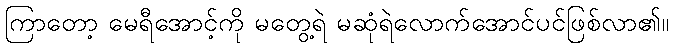
ကြာတော့ မေရီအောင့်ကို မတွေ့ရဲ မဆုံရဲလောက်အောင်ပင်ဖြစ်လာ၏။